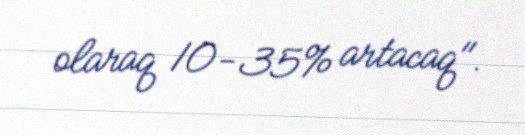
olaraq 10-35% artacaq".